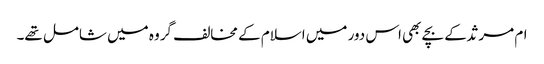
ام مرثد کے بچے بھی اس دور میں اسلام کے مخالف گروہ میں شامل تھے۔